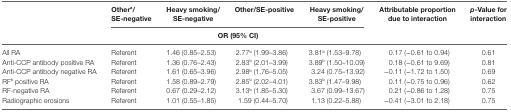
<table><thead><tr><td rowspan="3"></td><td><b>Other<sup>a</sup>/SE-negative</b></td><td><b>Heavy smoking/SE-negative</b></td><td><b>Other/SE-positive</b></td><td><b>Heavy smoking/SE-positive</b></td><td rowspan="3"><b>Attributable proportion due to interaction</b></td><td rowspan="3"><b><i>p</i>-Value for interaction</b></td></tr><tr><td colspan="4"><b>OR (95% CI)</b></td></tr></thead><tbody><tr><td>All RA</td><td>Referent</td><td>1.46 (0.85–2.53)</td><td>2.77<sup>b</sup> (1.99–3.86)</td><td>3.81<sup>b</sup> (1.53–9.78)</td><td>0.17 (−0.61 to 0.94)</td><td>0.61</td></tr><tr><td>Anti-CCP antibody positive RA</td><td>Referent</td><td>1.36 (0.76–2.43)</td><td>2.83<sup>b</sup> (2.01–3.99)</td><td>3.89<sup>b</sup> (1.50–10.09)</td><td>0.18 (−0.61 to 9.69)</td><td>0.81</td></tr><tr><td>Anti-CCP antibody negative RA</td><td>Referent</td><td>1.61 (0.65–3.96)</td><td>2.98<sup>b</sup> (1.76–5.05)</td><td>3.24 (0.75–13.92)</td><td>−0.11 (−1.72 to 1.50)</td><td>0.69</td></tr><tr><td>RF<sup>b</sup> positive RA</td><td>Referent</td><td>1.58 (0.89–2.79)</td><td>2.85<sup>b</sup> (2.02–4.01)</td><td>3.83<sup>b</sup> (1.47–9.98)</td><td>0.11 (−0.75 to 0.96)</td><td>0.62</td></tr><tr><td>RF-negative RA</td><td>Referent</td><td>0.67 (0.29–2.12)</td><td>3.13<sup>b</sup> (1.85–5.30)</td><td>3.67 (0.99–13.67)</td><td>0.21 (−0.86 to 1.28)</td><td>0.75</td></tr><tr><td>Radiographic erosions</td><td>Referent</td><td>1.01 (0.55–1.85)</td><td>1.59 (0.44–5.70)</td><td>1.13 (0.22–5.88)</td><td>−0.41 (−3.01 to 2.18)</td><td>0.75</td></tr></tbody></table>